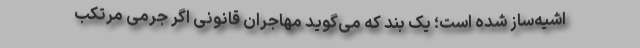
اشیه‌ساز شده ‌است؛ یک بند که می‌گوید مهاجران قانونی اگر جرمی مرتکب